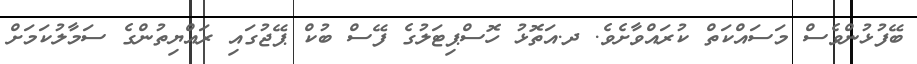
ބޭފުޅުންވެސް މަސައްކަތް ކުރައްވާށެވެ. ދ.އަތޮޅު ހޮސްޕިޓަލުގެ ފޭސް ބުކް ޕޭޖުގައި ރައްޔިތުންގެ ސަމާލުކަމަށް